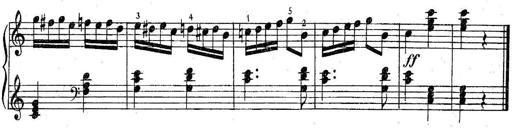
Title: 6 Easy Sonatinas
Composer: Carl Czerny